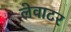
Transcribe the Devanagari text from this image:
लेवाटर